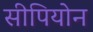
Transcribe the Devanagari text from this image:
सीपियोन